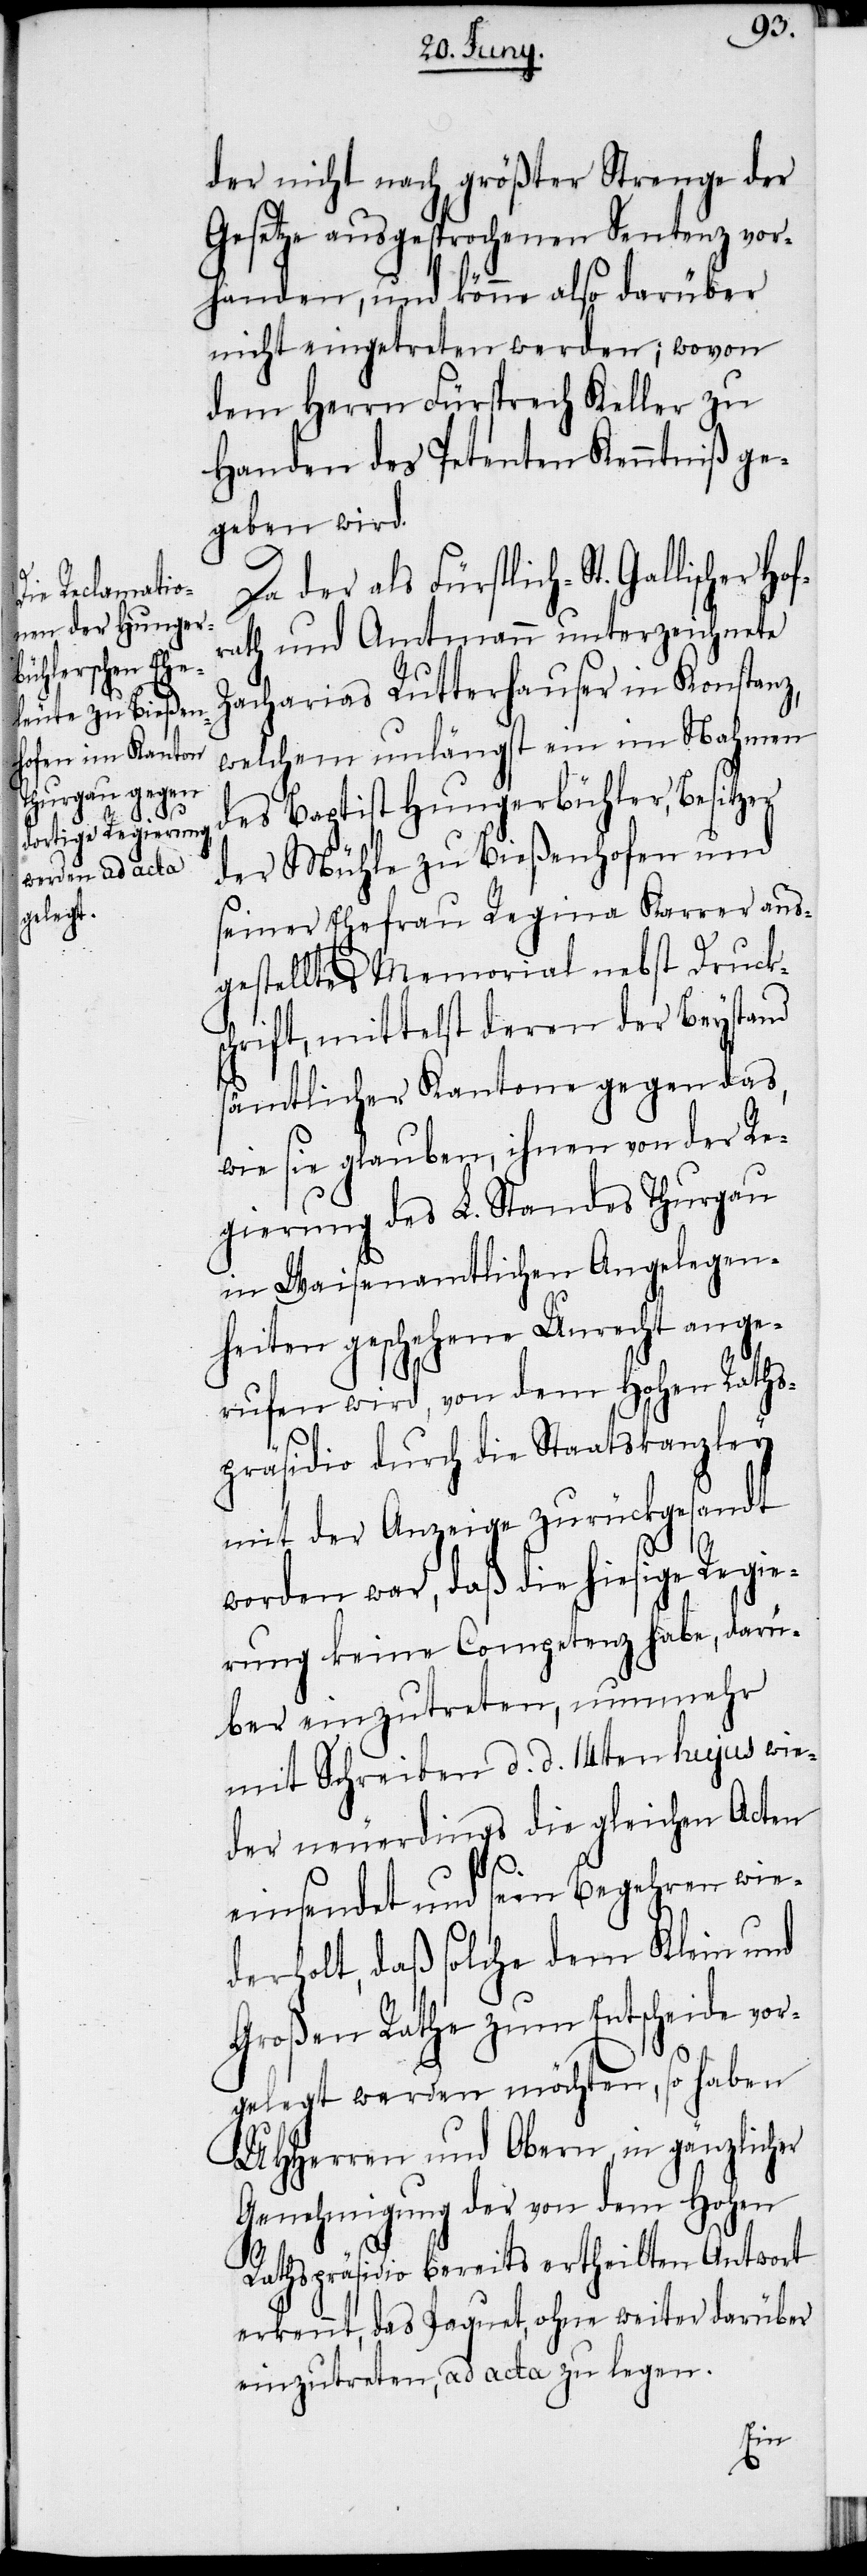
der nicht nach größter Strenge der
Gesetze ausgesprochenen Sentenz vor¬
handen, und könne also darüber
nicht eingetreten werden; wovon
dem Herrn Fürsprech Keller zu
Handen des Petenten Kenntniß ge¬
geben wird.
Da der als Fürstlich-St. Gallischer
rath und Amtmann unterzeichnete
Zacharias Rutterhauser in Konstanz,
welchem unlängst ein im Nahmen
des Baptist Hungerbühler, Besitzer
der Mühle zu Bießenhofen und
seiner Ehefrau Regina Karrer aus¬
gestelltes Memorial nebst Drucksc¬
hrift, mittelst deren der Beystand
sämtlicher Kantone gegen das,
wie sie glauben, ihnen von der Re¬
gierung des L. Standes Thurgau
in Waisenamtlichen Angelegen¬
heiten geschehene Unrecht ange¬
rufen wird, von dem Hohen Raths¬
präsidio durch die Staatskanzley
mit der Anzeige zurückgesandt
worden war, daß die hiesige Regie¬
rung keine Competenz habe, darü¬
ber einzutreten, nunmehr
mit Schreiben d. d. 14ten hujus wie¬
der neuerdings die gleichen Acten
einsendet und sein Begehren wie¬
derholt, daß solche dem Klein und
Großen Rathe zum Entscheide vor¬
gelegt werden möchten, so haben
UHHerren und Obern, in gänzlicher
Genehmigung der von dem Hohen
Rathspräsidio bereits ertheilten Antwort
erkennt, das Paquet, ohne weiter darüber
einzutreten, ad acta zu legen.
Hof¬